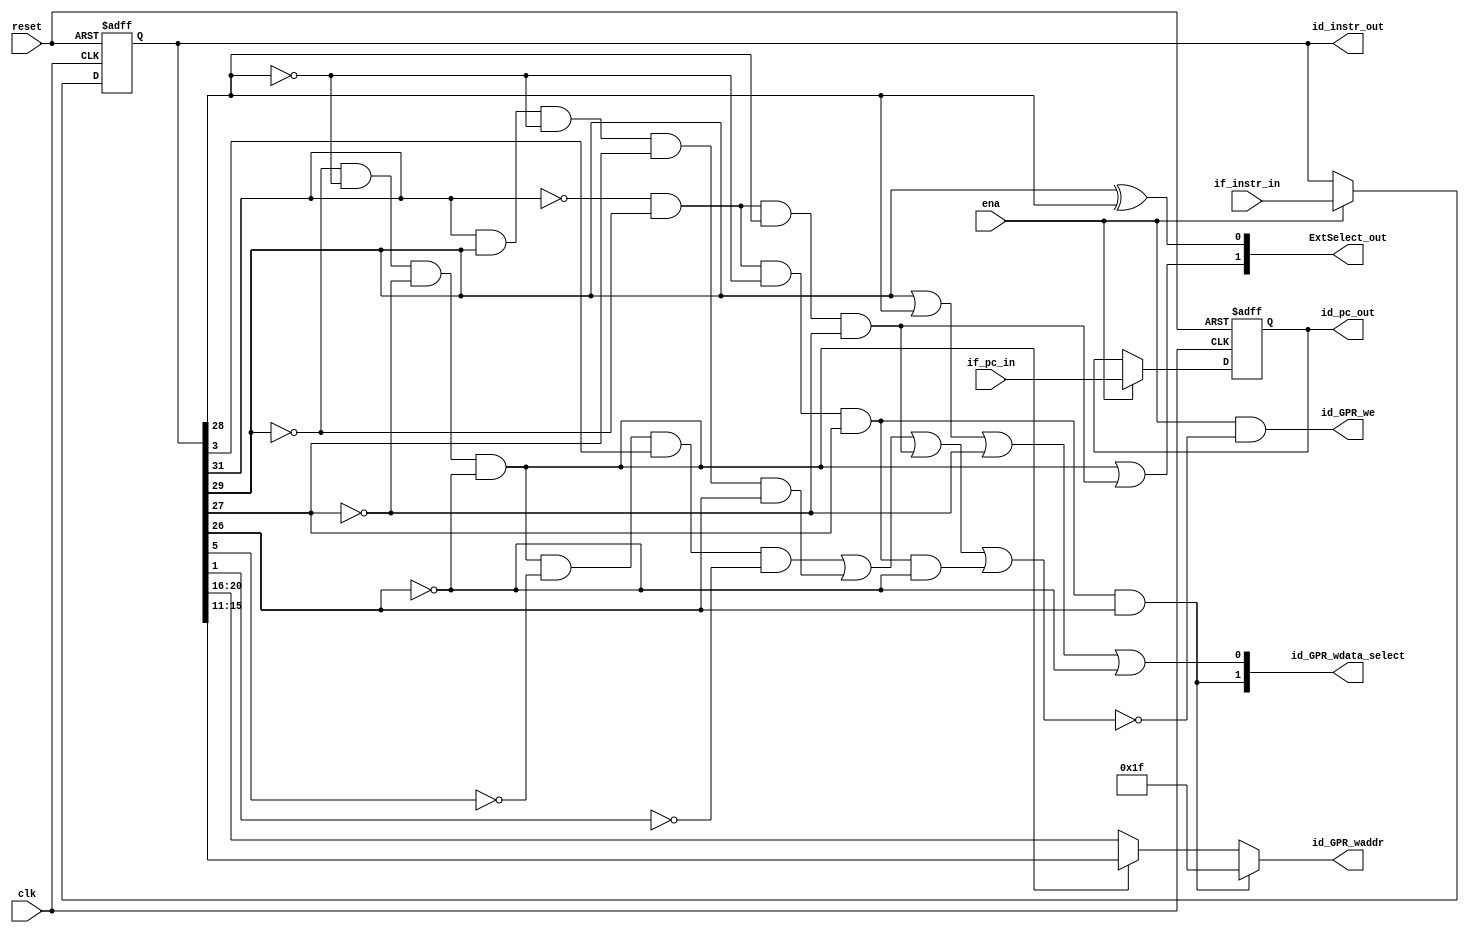
module IF_ID_reg (
    input wire clk,
    input wire reset,
    input wire ena, // Src: PipelineController.if_id_ena
    input wire[31:0] if_pc_in, // Src: PC.pc_out(IF)
    input wire[31:0] if_instr_in, // Src: IMEM.spo(IF)

    output wire[1:0] ExtSelect_out,
    output wire id_GPR_we,
    output wire[4:0] id_GPR_waddr,
    output wire[1:0] id_GPR_wdata_select,
    output reg[31:0] id_pc_out,
    output reg[31:0] id_instr_out
);
    
    always @(posedge clk or negedge reset) begin
        if (!reset) begin
            id_pc_out <= 32'h00000000;
            id_instr_out <= 32'h00000000;
        end
        else if (ena) begin
            id_pc_out <= if_pc_in;
            id_instr_out <= if_instr_in;
        end
    end

    assign ExtSelect_out[1] = (~id_instr_out[29] & ~id_instr_out[28] & ~id_instr_out[27] & ~id_instr_out[26]) | (~id_instr_out[31] & ~id_instr_out[29] & id_instr_out[28] & ~id_instr_out[27]);
    assign ExtSelect_out[0] = id_instr_out[29] ^ id_instr_out[28];

    assign id_GPR_we = ena & (
                        ~((~id_instr_out[29] & ~id_instr_out[28] & ~id_instr_out[27] & ~id_instr_out[26] & ~id_instr_out[5] & id_instr_out[3] & ~id_instr_out[1])
                         |
                         (id_instr_out[31] & id_instr_out[29] & ~id_instr_out[28] & id_instr_out[27] & id_instr_out[26])
                         |
                         (~id_instr_out[31] & ~id_instr_out[29] & id_instr_out[28] & ~id_instr_out[27])
                         |
                         (~id_instr_out[31] & ~id_instr_out[29] & ~id_instr_out[28] & id_instr_out[27] & ~id_instr_out[26]))
                        );

    wire[1:0] GPR_waddr_select;
    assign GPR_waddr_select[1] = ~id_instr_out[31] & ~id_instr_out[29] & ~id_instr_out[28] & id_instr_out[27] & id_instr_out[26];
    assign GPR_waddr_select[0] = ~id_instr_out[29] & ~id_instr_out[28] & ~id_instr_out[27] & ~id_instr_out[26];

    assign id_GPR_waddr = GPR_waddr_select[1] ? // 11 10
                            5'b11111
                            : // 01 00
                            (GPR_waddr_select[0] ? id_instr_out[15:11] : id_instr_out[20:16]);

    assign id_GPR_wdata_select[1] = ~id_instr_out[31] & ~id_instr_out[29] & ~id_instr_out[28] & id_instr_out[27] & id_instr_out[26];
    assign id_GPR_wdata_select[0] = id_instr_out[29] | id_instr_out[28] | ~id_instr_out[27] | ~id_instr_out[26];
endmodule